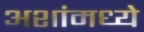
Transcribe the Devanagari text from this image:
अशांमध्ये